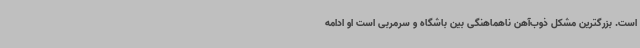
است. بزرگترین مشکل ذوب‌آهن ناهماهنگی بین باشگاه و سرمربی است او ادامه